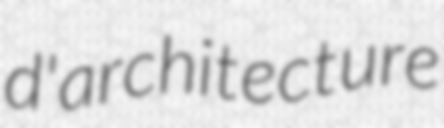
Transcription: d'architecture